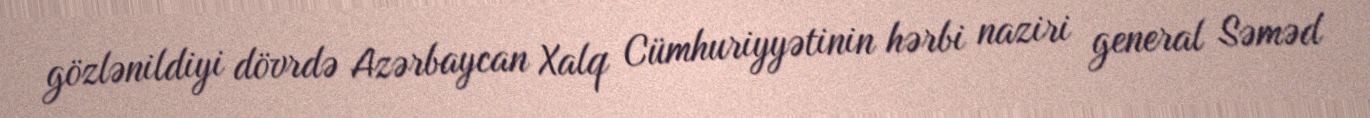
gözlənildiyi dövrdə Azərbaycan Xalq Cümhuriyyətinin hərbi naziri general Səməd